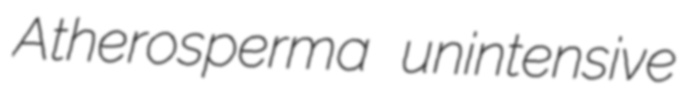
Atherosperma unintensive